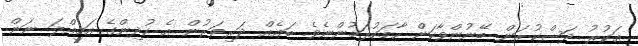
އަކުރު ދަސްކުރަން ބޭނުންވާކަން ހާމަކުރަމުންނެވެ. ބައެއް ދަރިވަރުން އެ ކުދިންގެ އަމިއްލަ ނަން